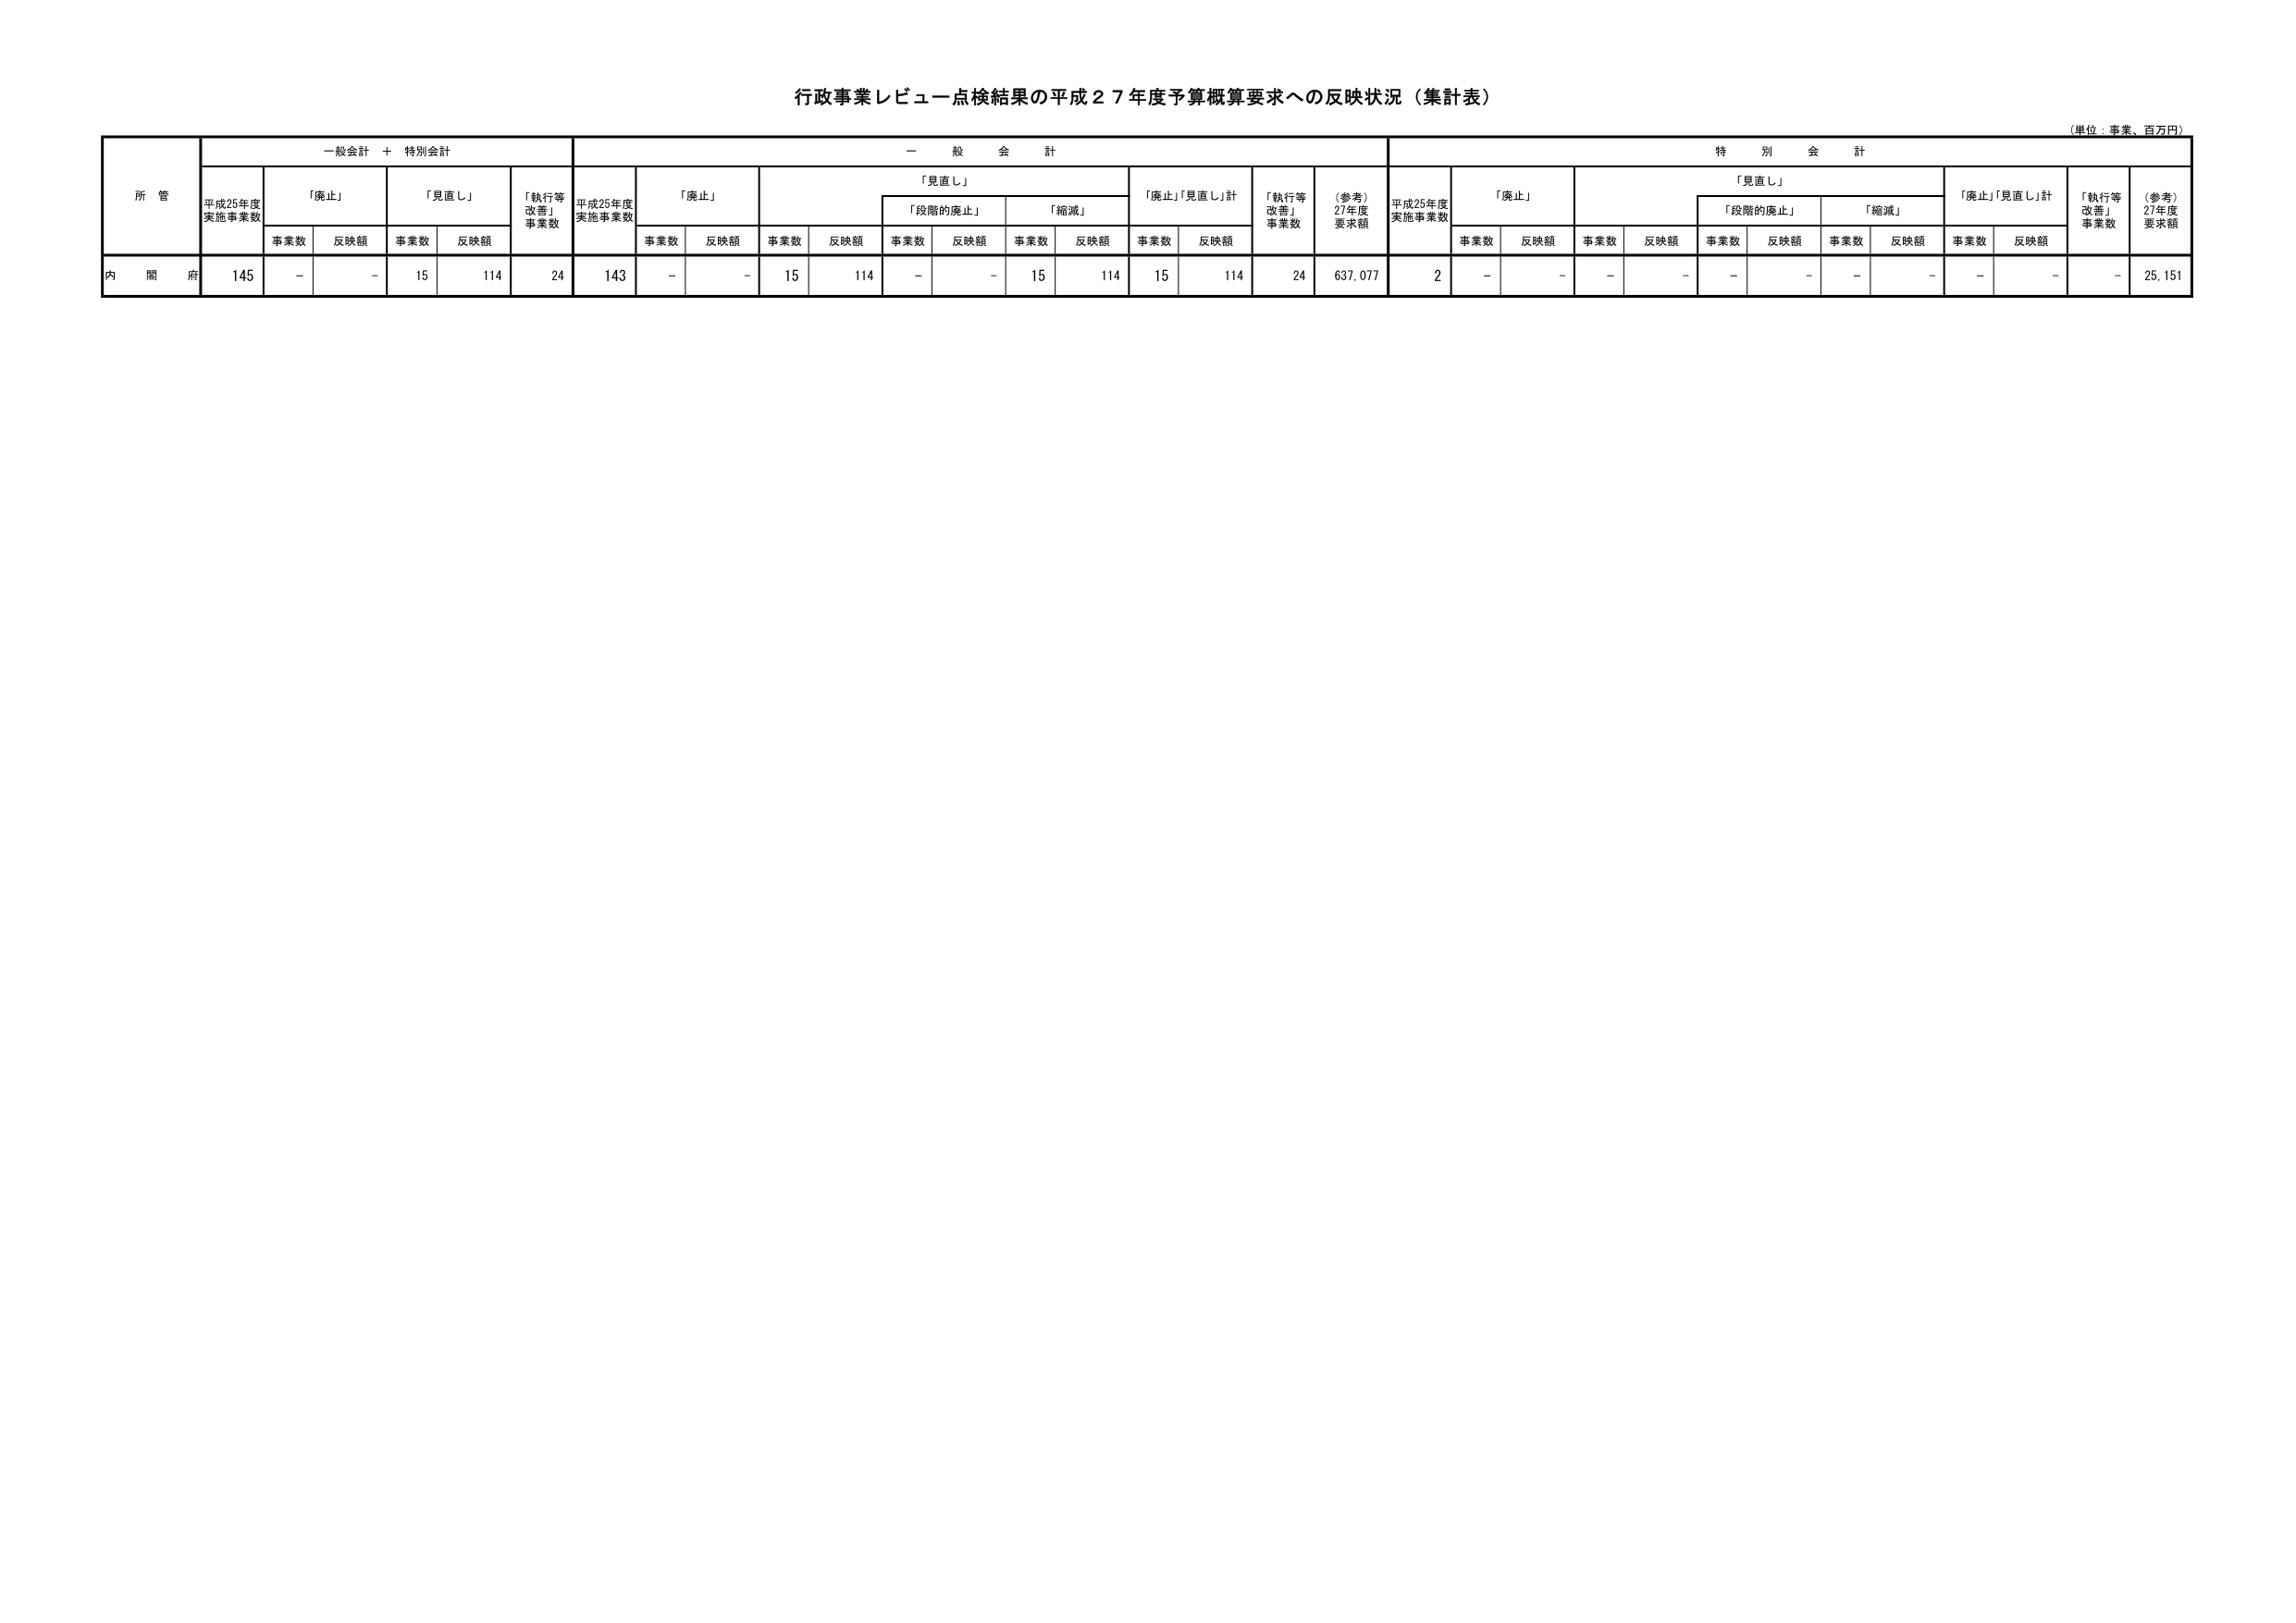
行政事業レビュー点検結果の平成２７年度予算概算要求への反映状況（集計表）
（単位：事業、百万円）

所管
一般会計 ＋ 特別会計
一 般 会 計
特 別 会 計

平成25年度
実施事業数
「廃止」
「見直し」
「執行等
改善」
事業数
平成25年度
実施事業数
「廃止」
「見直し」
「廃止」「見直し」計
「執行等
改善」
事業数
（参考）
27年度
要求額
平成25年度
実施事業数
「廃止」
「見直し」
「廃止」「見直し」計
「執行等
改善」
事業数
（参考）
27年度
要求額

事業数 反映額 事業数 反映額
事業数 反映額 事業数 反映額
「段階的廃止」 「縮減」
事業数 反映額 事業数 反映額
事業数 反映額
事業数 反映額 事業数 反映額
「段階的廃止」 「縮減」
事業数 反映額 事業数 反映額
事業数 反映額

内閣府
145
－ －
15 114
24
143
－ －
15 114
－ －
15 114
15 114
24
637,077
2
－ －
－ －
－ －
－ －
－ －
－
25,151